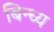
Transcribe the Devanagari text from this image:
बिन्ध्य